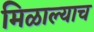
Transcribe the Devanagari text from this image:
मिळाल्याच